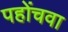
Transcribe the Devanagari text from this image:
पहोंचवा